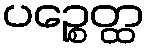
ပဉ္စေတ္ထ